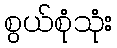
စွယ်စုံသုံး